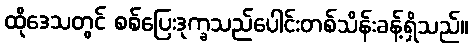
ထိုဒေသတွင် စစ်ပြေးဒုက္ခသည်ပေါင်းတစ်သိန်းခန့်ရှိသည်။